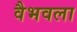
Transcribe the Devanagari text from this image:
वैभवला